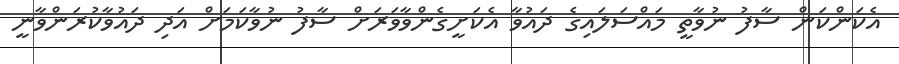
އެކަންކަން ސާފު ނުވާތީ މައްސަލައިގެ ދައުވާ އެކަށީގެންވާވަރަށް ސާފު ނުވާކަމަށް އަދި ދައުވާކުރަންވާނީ